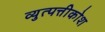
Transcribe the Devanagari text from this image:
व्युत्पत्तीकोश